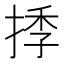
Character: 𢯗